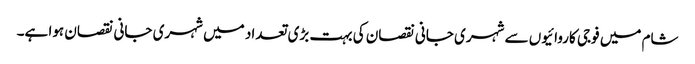
شام میں فوجی کاروائیوں سے شہری جانی نقصان کی بہت بڑی تعداد میں شہری جانی نقصان ہوا ہے۔